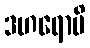
ဒဟရောပိ